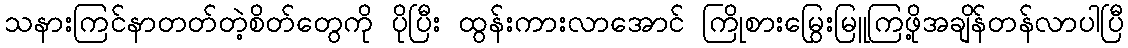
သနားကြင်နာတတ်တဲ့စိတ်တွေကို ပိုပြီး ထွန်းကားလာအောင် ကြိုစားမြွေးမြူကြဖို့အချိန်တန်လာပါပြီ